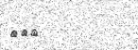
١١٤